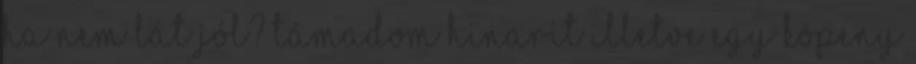
ha nem lát jól? támadom Hinarit illetve egy köpeny